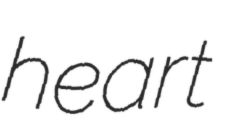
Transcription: heart